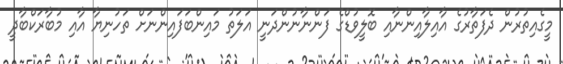
މީގެއިތުރުން ދެފަތާރުގެ އާއިލާއިންނާއި ބޮލީވުޑްގެ ފަންނާނުންދަނީ އަލަތު މައިންބަފައިންނަށް ތަހުނިޔާ އާއި މުބާރަކްބާދީ